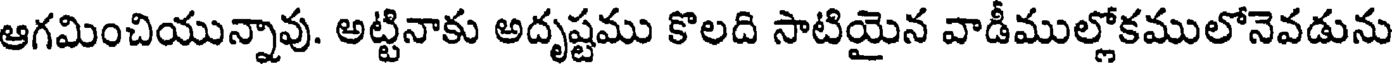
ఆగమించియున్నావు. అట్టినాకు అదృష్టము కొలది సాటియైన వాడీముల్లోకములోనెవడును